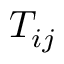
T _ { i j }